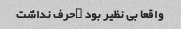
واقعا بی نظیر بود …حرف نداشت